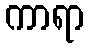
ကာရာ